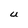
Character: U